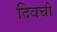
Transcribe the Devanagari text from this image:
दिवची